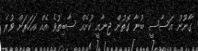
ގާނޫނު އަސާސީ ބުނާ ގޮތުން ޖިނާއީ ކުށެއް ސާބިތުވެ އެއް އަހަރަށް ވުރެ